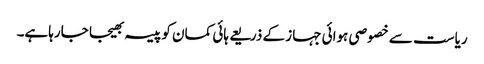
ریاست سے خصوصی ہوائی جہاز کے ذریعے ہائی کمان کو پیسہ بھیجا جارہاہے۔